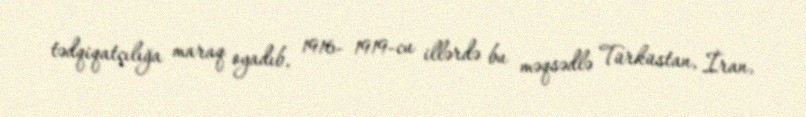
tədqiqatçılığa maraq oyadıb, 1916- 1919-cu illərdə bu məqsədlə Türküstan, İran,